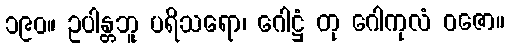
၁၉၀။ ဥပါန္တဘူ ပရိသရော၊ ဂေါဋ္ဌံ တု ဂေါကုလံ ဝဇော။